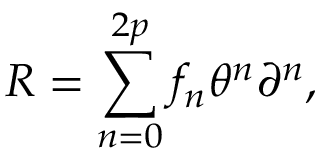
R = \sum _ { n = 0 } ^ { 2 p } f _ { n } \theta ^ { n } \partial ^ { n } ,